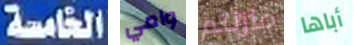
الخامسة وامي مازلتم أباها